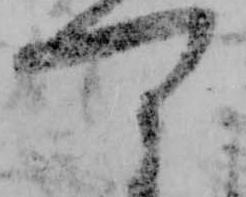
可